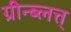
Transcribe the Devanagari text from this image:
ग्रीन्ब्लत्त्